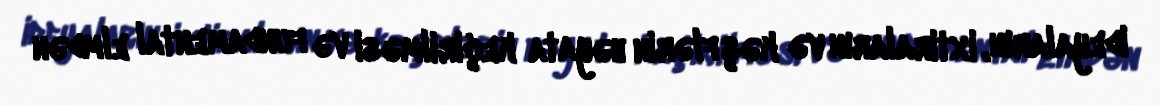
ideyaların, ixtiraların və kəşflərin həyata keçirilməsi və fundamental elmdən